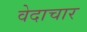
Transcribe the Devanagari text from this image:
वेदाचार